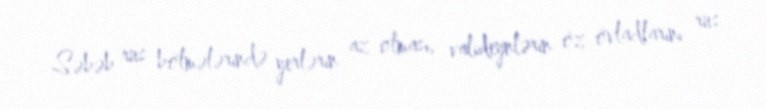
Səbəb rus bölmələrində yerlərin az olması, valideynlərin öz övladlarını rus